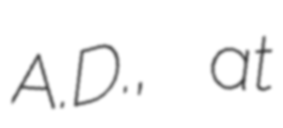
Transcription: A.D., at